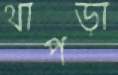
থাপড়া